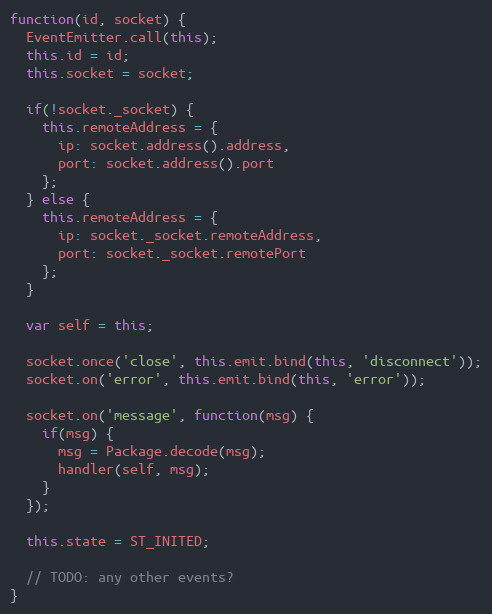
Language: JavaScript
function(id, socket) {
  EventEmitter.call(this);
  this.id = id;
  this.socket = socket;

  if(!socket._socket) {
    this.remoteAddress = {
      ip: socket.address().address,
      port: socket.address().port
    };
  } else {
    this.remoteAddress = {
      ip: socket._socket.remoteAddress,
      port: socket._socket.remotePort
    };
  }

  var self = this;

  socket.once('close', this.emit.bind(this, 'disconnect'));
  socket.on('error', this.emit.bind(this, 'error'));

  socket.on('message', function(msg) {
    if(msg) {
      msg = Package.decode(msg);
      handler(self, msg);
    }
  });

  this.state = ST_INITED;

  // TODO: any other events?
}